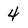
Character: 4